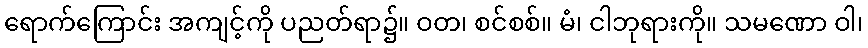
ရောက်ကြောင်း အကျင့်ကို ပညတ်ရာ၌။ ဝတ၊ စင်စစ်။ မံ၊ ငါဘုရားကို။ သမဏော ဝါ၊